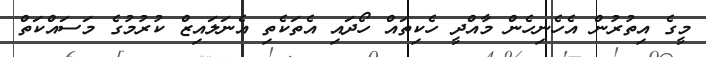
މީގެ އިތުރުން އެހެނިހެން މާއްދީ ހެކިތައް ހޯދައި އެތަކެތި އެނަލައިޒް ކުރުމުގެ މަސައްކަތް